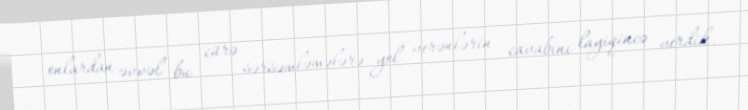
onlardan əvvəl bu cürə sərsəmləmələrə yol verənlərin cavabını layiqincə verdik.